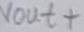
Text: vout+